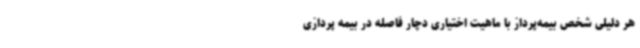
هر دلیلی شخص بیمه‌پرداز با ماهیت اختیاری دچار فاصله در بیمه پردازی